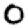
Digit: 0